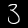
Label: 3